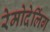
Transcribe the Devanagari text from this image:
रेमोदेलिंग